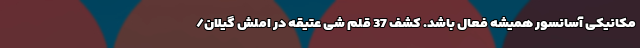
مکانیکی آسانسور همیشه فعال باشد. کشف 37 قلم شی عتیقه در املش گیلان/